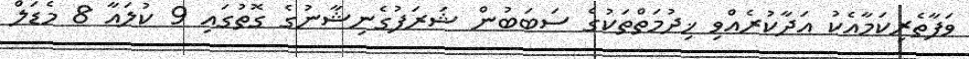
ވަފާތެރިކަމާއެކު އަދާކުރެއްވި ޚިދުމަތްތަކުގެ ސަބަބުން ޝަރަފުގެނިޝާނުގެ ގޮތުގައި 9 ކުލައާ 8 މެޑަލް